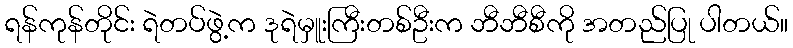
ရန်ကုန်တိုင်း ရဲတပ်ဖွဲ့က ဒုရဲမှူးကြီးတစ်ဦးက ဘီဘီစီကို အတည်ပြု ပါတယ်။